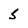
Character: 5